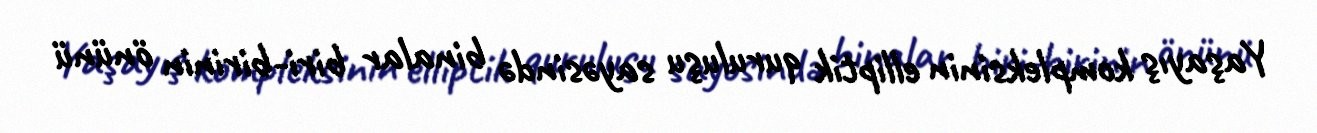
Yaşayış kompleksinin elliptik quruluşu sayəsində binalar biri-birinin önünü